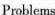
Problems